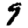
Digit: 9